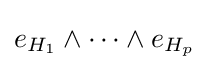
e_{H_{1}}\wedge \cdots \wedge e_{H_{p}}